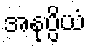
အနုပ္ပိယံ